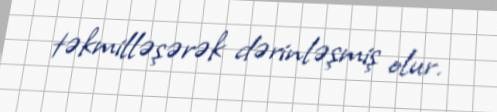
təkmilləşərək dərinləşmiş olur.